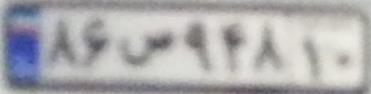
۸۶س۹۴۸۱۰